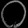
Digit: ၀